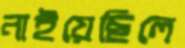
নাইয়েছিলে